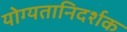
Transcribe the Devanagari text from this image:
योग्यतानिदर्शक